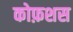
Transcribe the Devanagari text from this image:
कोफ़शस